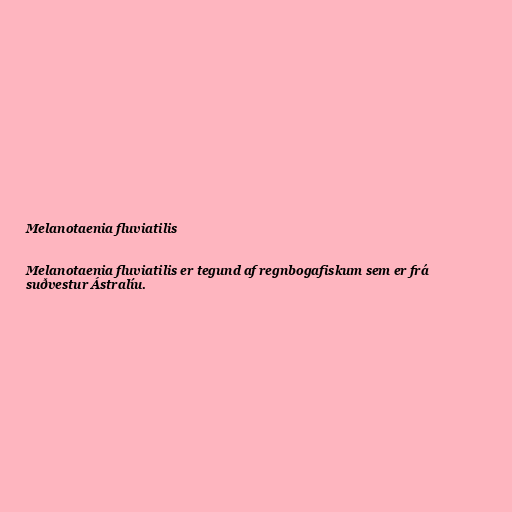
Melanotaenia fluviatilis

Melanotaenia fluviatilis er tegund af regnbogafiskum sem er frá
suðvestur Ástralíu.